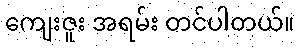
ကျေးဇူး အရမ်း တင်ပါတယ်။